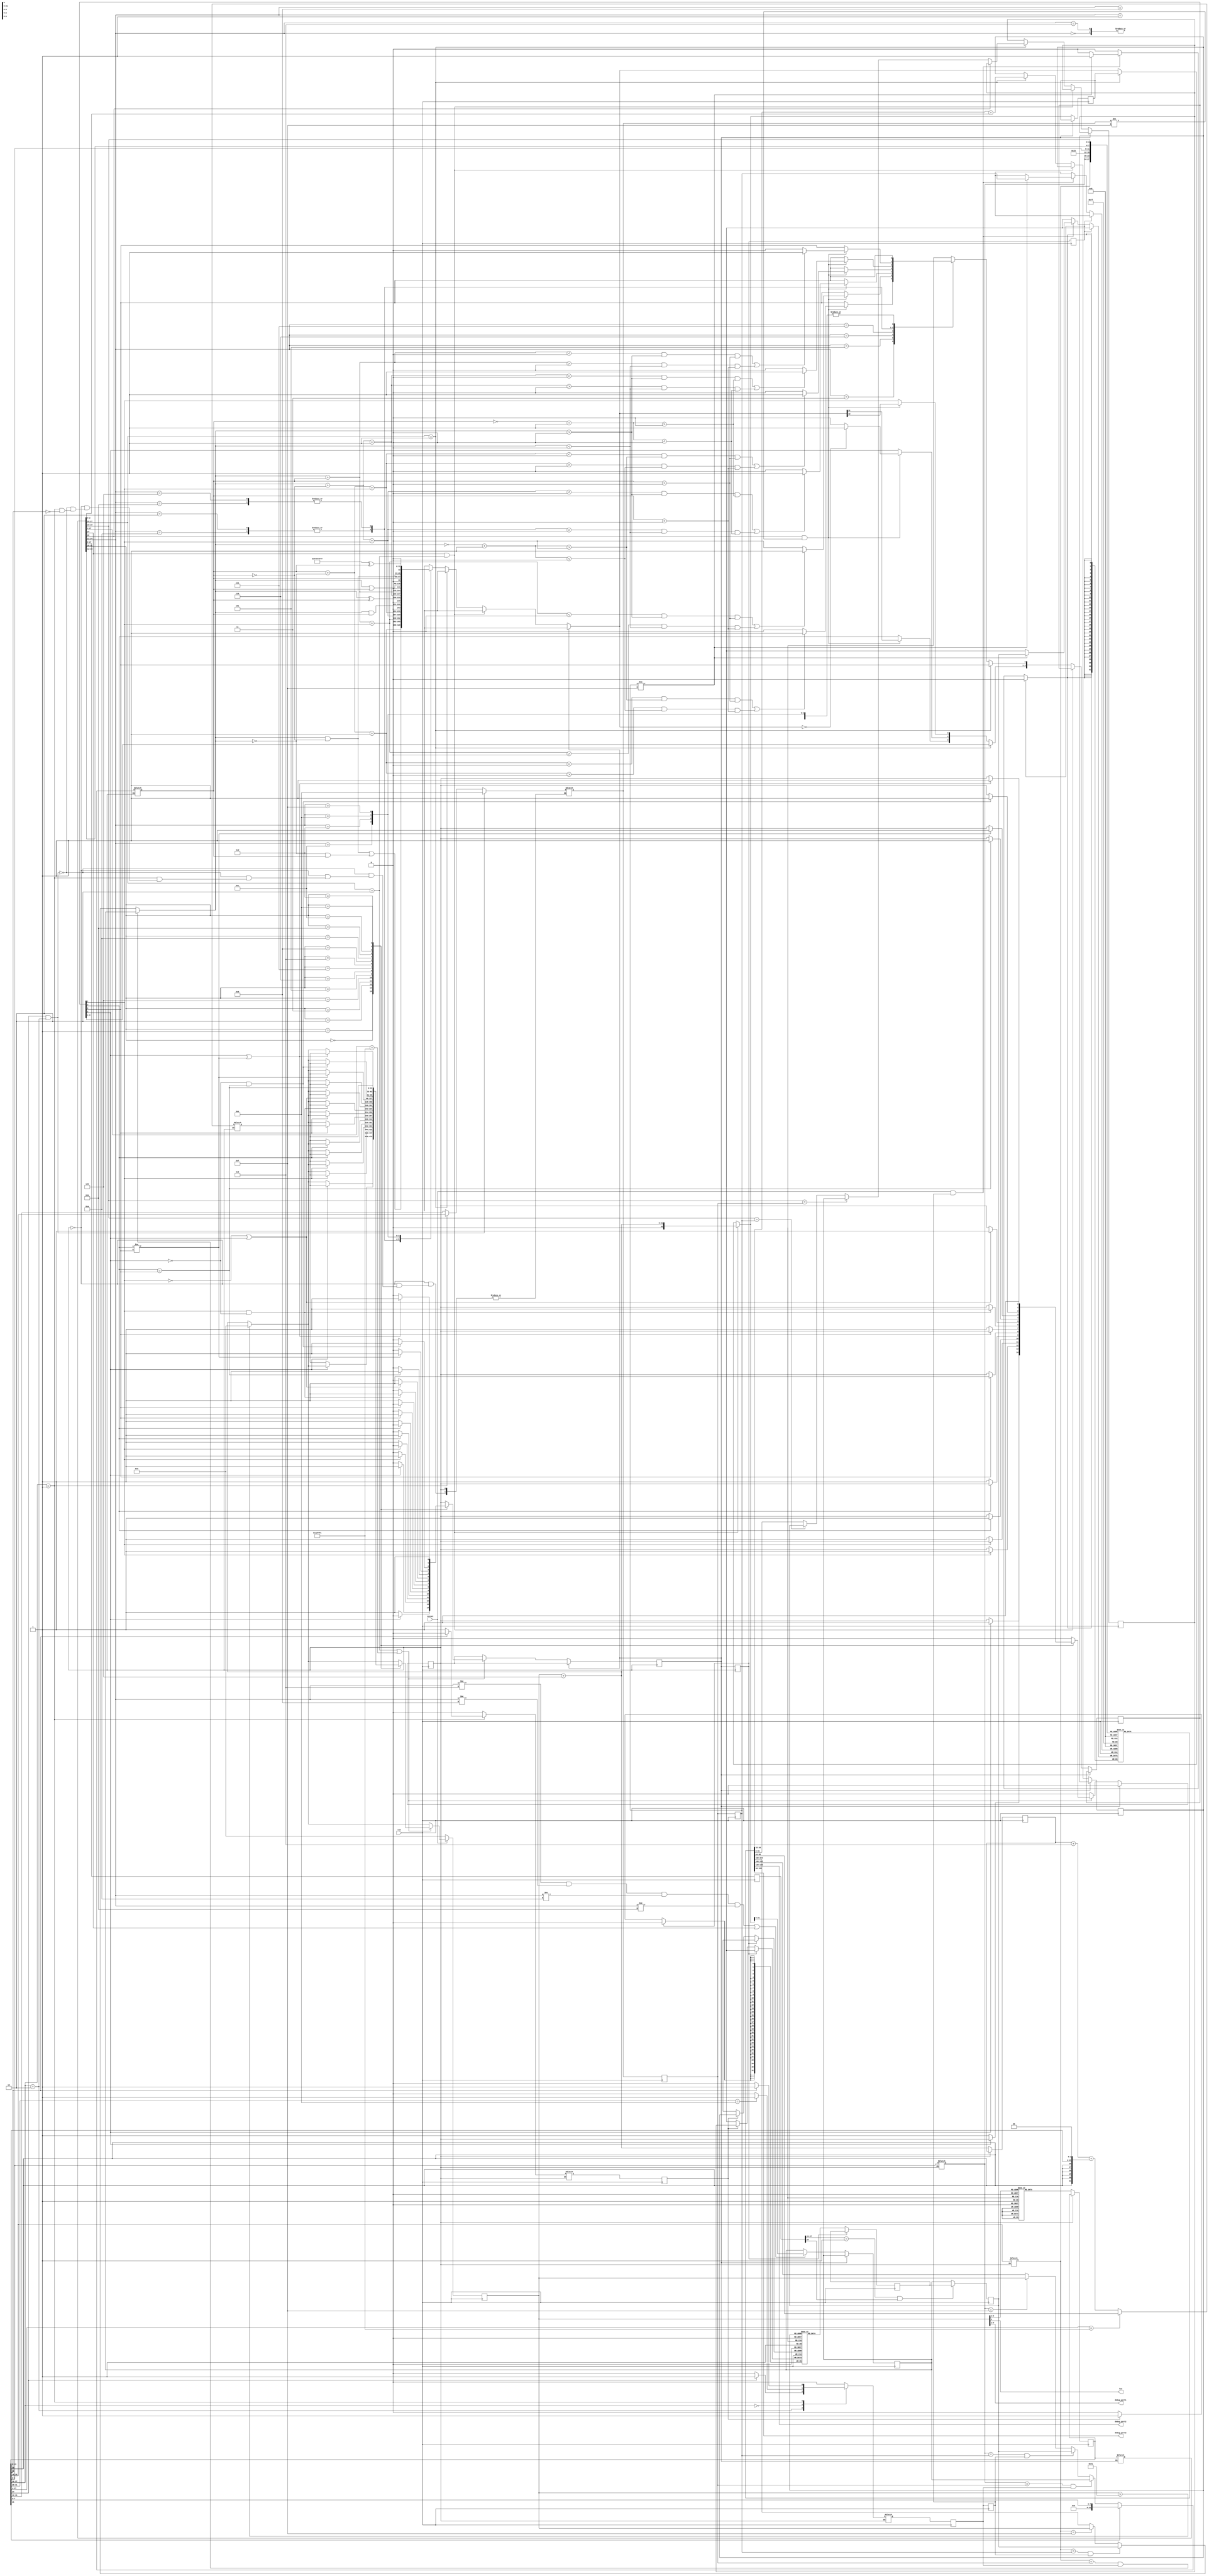
module cpu(
  input wire clk,
  input wire nreset,
  output wire led,
  output wire [7:0] debug_port1,
  output wire [7:0] debug_port2,
  output wire [7:0] debug_port3
  );
  localparam data_width = 32;
  localparam data_width_l2b = $clog2(data_width / 8);
  localparam data_words = 8;//32;
  localparam data_words_l2 = $clog2(data_words);
  localparam data_addr_width = data_words_l2;

  assign debug_port1 = pc[9:2];
  assign debug_port2 = rf[2][7:0];//em_data_mem_we[7:0];//rf[2][7:0];//data_mem_rd;
  assign debug_port3 = rf[3][7:0];//em_data_addr[7:0];//data_mem_rd[7:0];//rf[3][7:0];
  //STORE WORKS data_mem[data_addr][7:0]
  //data_mem_wd[7:0] & rf_wd[7:0] keeps disconnecting the USB
  //rf_ws[7:0] correct
  reg [7:0] reading;
  always @(posedge clk) begin
    reading <= rf_d1_df[7:0];
  end
  reg [data_width - 1:0]  data_mem[data_words - 1:0];
  reg [data_width - 1:0]  data_mem_rd;
  reg [data_width - 1:0]  data_mem_wd;
  // reg [data_addr_width - 1:0] data_addr_rd; //REDUNDANT both used for same thing
  // reg [data_addr_width - 1:0] data_addr_wd; //but keep just in case for the future
  reg [data_addr_width - 1:0] data_addr; //use instead of the two above
  reg data_mem_we;

  localparam code_width = 32;
  localparam code_width_l2b = $clog2(code_width / 8);
  localparam code_words = 16;
  localparam code_words_l2 = $clog2(code_words);
  localparam code_addr_width = code_words_l2;
  reg [code_width - 1:0]  code_mem[0:code_words - 1];
  wire [code_width - 1:0]  code_mem_rd;
  wire [code_addr_width - 1:0] code_addr;

  localparam r1 = 4'b0001;
  localparam r2 = 4'b0010;
  localparam r3 = 4'b0011;
  localparam r4 = 4'b0100;
  localparam r15 = 4'b1111;
  localparam r14 = 4'b1110; //Link Register

  localparam branch_opcode = 4'b1010;
  localparam branchLink_opcode = 4'b1011;
  localparam branchExchange_opcode = 24'b0001_0010_1111_1111_1111_0001;

  localparam IPUBWLbits_ldr = 6'b001001;
  localparam IPUBWLbits_str = 6'b001000;

  localparam do_nothing = 32'h00000000;

  initial begin
  // code_mem[0] = {cond_al, 3'b000, opcode_add, 1'b0, r2, r2, 8'b00000000, r1}; //ADD r2, r2, r1
  // //code_mem[1] = 32'b1110_101_0_11111111_11111111_11111101;  // unconditional branch -12 which is PC = (PC + 8) - 12 = PC - 4
   // code_mem[1] = {cond_al, branch_opcode, 24'd0}; //unconditional branch
   // code_mem[3] = {cond_al, 3'b000, opcode_add, 1'b0, r2, r2, 8'b00000000, r1};
   // code_mem[4] = {cond_ne, branch_opcode, 24'd0};//conditional branch BNE
   // code_mem[7] = {cond_al, branchLink_opcode, 24'd0}; //BL
   // code_mem[10] = {cond_al,inst_type_ldr_str, IPUBWLbits_str, r2, r1, 12'd0}; //STR R2 at R2+0
   // code_mem[12] = {cond_al,inst_type_ldr_str, IPUBWLbits_ldr, r3, r1, 12'd0};//LDR R3 with [R2+0]
   // code_mem[14] = {cond_al, branchExchange_opcode, r14};

    // code_mem[0] = {cond_al, 3'b000, opcode_add, 1'b0, r2, r2, 8'b00000000, r1}; //ADD r2, r2, r1 = 1 so r2 = 1
    // code_mem[1] = {cond_al, 3'b000, opcode_add, 1'b0, r2, r2, 8'b00000000, r2}; //ADD r2, r2, r1 = 1 so now r2 = 2
    // code_mem[2] = {cond_al, 3'b000, opcode_add, 1'b0, r2, r2, 8'b00000000, r2}; //ADD r2, r2, r1 = 1 so now r2 = 2
    // code_mem[3] = {cond_al, 3'b000, opcode_add, 1'b0, r2, r2, 8'b00000000, r2}; //ADD r2, r2, r1 = 1 so now r2 = 2
    // // code_mem[2] = {cond_al,inst_type_ldr_str, IPUBWLbits_str, r2, r2, 12'd0}; //STR R2 at [R2+0]
    // // code_mem[3] = {cond_al,inst_type_ldr_str, IPUBWLbits_ldr, r3, r2, 12'd0};//LDR R3 with [R2+0] r3 = 2
    // code_mem[4] = {cond_al, 3'b000, opcode_add, 1'b0, r2, r2, 8'b00000000, r2}; //ADD r2, r2, r1 = 1 so now r2 = 2
    // code_mem[5] = {cond_al, 3'b000, opcode_add, 1'b0, r2, r2, 8'b00000000, r2}; //ADD r2, r2, r1 = 1 so now r2 = 2
    // code_mem[6] = {cond_al, 3'b000, opcode_add, 1'b0, r2, r2, 8'b00000000, r2}; //ADD r2, r2, r1 = 1 so now r2 = 2
    // code_mem[7] = {cond_al, 3'b000, opcode_add, 1'b0, r2, r2, 8'b00000000, r2}; //ADD r2, r2, r1 = 1 so now r2 = 2
    // code_mem[8] = {cond_al, 3'b000, opcode_add, 1'b0, r2, r2, 8'b00000000, r2}; //ADD r2, r2, r1 = 1 so now r2 = 2
    // code_mem[9] = {cond_al, 3'b000, opcode_add, 1'b0, r2, r2, 8'b00000000, r2}; //ADD r2, r2, r1 = 1 so now r2 = 2
    // code_mem[10] = {cond_al, 3'b000, opcode_add, 1'b0, r2, r2, 8'b00000000, r2}; //ADD r2, r2, r1 = 1 so now r2 = 2
    // code_mem[11] = {cond_al, 3'b000, opcode_add, 1'b0, r2, r2, 8'b00000000, r2}; //ADD r2, r2, r1 = 1 so now r2 = 2
    // code_mem[12] = {cond_al, 3'b000, opcode_add, 1'b0, r2, r2, 8'b00000000, r2}; //ADD r2, r2, r1 = 1 so now r2 = 2
    // // code_mem[2] = {cond_al,inst_type_ldr_str, IPUBWLbits_str, r2, r2, 12'd0}; //STR R2 at [R2+0]
    // // code_mem[3] = {cond_al,inst_type_ldr_str, IPUBWLbits_ldr, r3, r2, 12'd0};//LDR R3 with [R2+0] r3 = 2
    // // code_mem[4] = {cond_al, 3'b000, opcode_add, 1'b0, r2, r2, 8'b00000000, r3}; //ADD r2, r2, r3 = 2 so r2 = 4
    // // code_mem[5] = {cond_al, 3'b000, opcode_add, 1'b0, r2, r2, 8'b00000000, r1}; //ADD r3, r3, r2 = 4 so now r3 = 6

    //Branches taken and untaken
    code_mem[1] = {cond_al, branch_opcode, 24'd1}; //unconditional B taken
    code_mem[2] = {cond_al, 3'b000, opcode_add, 1'b0, r3, r3, 8'b00000000, r1}; //branched over ie no op
    code_mem[3] = {cond_al, 3'b000, opcode_add, 1'b0, r2, r2, 8'b00000000, r1}; //branched over ie no op
    code_mem[6] = {cond_eq, branchLink_opcode, 24'd0}; //BL untaken
    //Data forwarding
    code_mem[9] = {cond_al, 3'b000, opcode_add, 1'b0, r2, r2, 8'b00000000, r1}; //ADD r2, r2, r1 @r2 = 1
    code_mem[10] = {cond_al, 3'b000, opcode_add, 1'b0, r2, r2, 8'b00000000, r1};//ADD r2, r2, r1 @r2 = 2
    code_mem[11] = {cond_al, 3'b000, opcode_add, 1'b0, r2, r2, 8'b00000000, r2};//ADD r2, r2, r2 @r2 = 4
    //Memory load Hazards
    code_mem[12] = {cond_al,inst_type_ldr_str, IPUBWLbits_str, r2, r1, 12'd0};  //STR r2, [r1 + 0] @mem[r2 + 0] = 4 first time around
    code_mem[13] = {cond_al,inst_type_ldr_str, IPUBWLbits_ldr, r3, r1, 12'd0};  //LDR r3, [r1 + 0] @r3 = 4 first time around, matches r2 later
  end

  reg [code_width - 1:0]  pc;
  assign code_addr = pc[code_addr_width - 1 + 2:2];
  assign code_mem_rd = code_mem[code_addr];

  assign led = pc[2]; // make the LED blink on the low order bit of the PC


  reg [31:0] rf[0:14];  // register 15 is the pc
initial begin
  rf[1] <= 32'd1;     // for testing
  // rf[2] <= 32'd1;
  // rf[3] <= 32'd3;
  //rf[4] <= 32'd2;
  // rf[r14] <= 32'b0;
end

  reg [31:0] cpsr;    // program status register
  localparam cpsr_n = 31;
  localparam cpsr_z = 30;
  localparam cpsr_c = 29;
  localparam cpsr_v = 28;

  reg [3:0] rf_rs1;
  reg [3:0] rf_rs2;
  reg [3:0] rf_ws;
  reg [31:0] rf_wd;
  reg rf_we;
  wire [31:0] rf_d1;
  wire [31:0] rf_d2;

  // Pipe-lined data
  reg [31:0] fd_pipe;
  reg [31:0] fd_pc;
  reg fd_invalid;

  reg [31:0] de_pipe;
  reg [31:0] de_pc;
  reg de_invalid;
  
  reg [31:0] em_pipe;
  reg em_rf_we;
  reg em_invalid;
  reg [3:0] em_rf_ws;
  reg em_data_mem_we;
  reg [data_width - 1:0] em_data_addr;
  //reg [data_width - 1:0] em_data_mem_wd;

  //reg [31:0] mwb_pipe;
  reg mwb_rf_we;
  reg mwb_invalid;
  reg [31:0] mwb_rf_wd;
  reg [3:0] mwb_rf_ws;

  assign rf_d1 = (rf_rs1 == r15) ? pc : rf[rf_rs1];
  assign rf_d2 = (rf_rs2 == r15) ? pc : rf[rf_rs2];

  wire [31:0] rf_d1_df; // This is pretty jank
  wire [31:0] rf_d2_df;
  assign rf_d1_df = (rf_rs1 == em_rf_ws && em_rf_we) ? rf_wd : ((rf_rs1 == mwb_rf_ws && mwb_rf_we) ? mwb_rf_wd : rf_d1);
  assign rf_d2_df = (rf_rs2 == em_rf_ws && em_rf_we) ? rf_wd : ((rf_rs2 == mwb_rf_ws && mwb_rf_we) ? mwb_rf_wd : rf_d2);

function automatic [3:0] inst_rn;
  input [31:0] inst;
  inst_rn = inst[19:16];
endfunction

function automatic [3:0] inst_rd;
  input [31:0] inst;
  inst_rd = inst[15:12];
endfunction

function automatic [3:0] inst_rs;
  input [31:0] inst;
  inst_rs = inst[11:8];
endfunction

function automatic [3:0] inst_rm;
  input [31:0] inst;
  inst_rm = inst[3:0];
endfunction

function automatic inst_rs_isreg;
    input [31:0] inst;
    if (inst[4] == 1'b1 && inst[7] == 1'b0)
      inst_rs_isreg = 1'b1;
    else
      inst_rs_isreg = 1'b0;
endfunction

function automatic [7:0] inst_data_proc_imm;
    input [31:0]  inst;
    inst_data_proc_imm = inst[7:0];
endfunction

function automatic [11:0] inst_ldrstr_imm;
    input [31:0]  inst;
    inst_ldrstr_imm = inst[11:0];
endfunction

localparam operand2_is_reg = 1'b0;
localparam operand2_is_imm  = 1'b1;
function automatic operand2_type;
    input [31:0]  inst;
    operand2_type = inst[25];
endfunction


localparam cond_eq = 4'b0000;
localparam cond_ne = 4'b0001;
localparam cond_cs = 4'b0010;
localparam cond_cc = 4'b0011;
localparam cond_ns = 4'b0100;
localparam cond_nc = 4'b0101;
localparam cond_vs = 4'b0110;
localparam cond_vc = 4'b0111;
localparam cond_hi = 4'b1000;
localparam cond_ls = 4'b1001;
localparam cond_ge = 4'b1010;
localparam cond_lt = 4'b1011;
localparam cond_gt = 4'b1100;
localparam cond_le = 4'b1101;
localparam cond_al = 4'b1110;
function automatic [3:0] inst_cond;
    input [31:0]  inst;
    inst_cond = inst[31:28];
endfunction

localparam inst_type_branchLink = 1'b1;
function automatic inst_branch_islink;
    input [31:0]   inst;
    inst_branch_islink = inst[24];
endfunction

//might want this to distinguish for Load/Store Bit
// inst[20] = 1 or Load, = 0 for Store
localparam inst_type_load = 1'b1;
function automatic inst_ldrstr_isload;
    input [31:0]   inst;
    inst_ldrstr_isload = inst[20];
endfunction

function automatic [31:0] inst_branch_imm;
    input [31:0]  inst;
    inst_branch_imm = { {6{inst[23]}}, inst[23:0], 2'b00 };
endfunction

localparam inst_type_branch = 2'b10;
localparam inst_type_data_proc = 2'b00;
localparam inst_type_ldr_str = 2'b01;

function automatic [1:0] inst_type;
    input [31:0]  inst;
    inst_type = inst[27:26];
endfunction

localparam opcode_and = 4'b0000;
localparam opcode_eor = 4'b0001;
localparam opcode_sub = 4'b0010;
localparam opcode_rsb = 4'b0011;
localparam opcode_add = 4'b0100;
localparam opcode_adc = 4'b0101;
localparam opcode_sbc = 4'b0110;
localparam opcode_rsc = 4'b0111;
localparam opcode_tst = 4'b1000;
localparam opcode_teq = 4'b1001;
localparam opcode_cmp = 4'b1010;
localparam opcode_cmpn = 4'b1011;
localparam opcode_orr = 4'b1100;
localparam opcode_mov = 4'b1101;
localparam opcode_bic = 4'b1110;
localparam opcode_mvn = 4'b1111;
function automatic [3:0] inst_opcode;
    input [31:0]  inst;
    inst_opcode = inst[24:21];
endfunction


///////////////////////////////////////
// FETCH

//  "Fetch" from code memory into instruction bits
  // reg [31:0] inst;
  always @(posedge clk) begin
    if (~fd_invalid) begin// checks if valid // MAYBE WE DON'T NEED THISSSSSSSSSSSSSSSSSSSSSSSSSSSSSSS
      fd_pipe <= code_mem_rd;
      // inst <= code_mem_rd;
      //Im pretty sure we need to pass in PC to this pipe reg
      fd_pc <= pc + 4; // Maybe this needs to be pc + 4
    end
  end


///////////////////////////////////////
// DECODE

// "Decode" the second operand
  reg [31:0] operand2;
  // compute second operand
  always @(*) begin
    // For now, we only support R type unshifted instructions.
    // shifts and such are NOT implemented.
    if (~fd_invalid) begin
      if (operand2_type(fd_pipe) == operand2_is_reg)
        operand2 = rf_d2_df;
      else
        operand2 = inst_data_proc_imm(fd_pipe);
      end
    end

    // "Decode" what gets read and written
    always @(*) begin
      if (~fd_invalid) begin
        rf_rs1 = inst_rn(fd_pipe);
        rf_rs2 = inst_rm(fd_pipe);
        if (inst_branch_islink(fd_pipe) == inst_type_branchLink &&
            inst_type(fd_pipe) == inst_type_branch)
          rf_ws = r14;
        else if (inst_type(fd_pipe) == inst_type_ldr_str) begin
          if (inst_ldrstr_isload(fd_pipe) == inst_type_load)
            rf_ws = rf_rs1;
          end
        else
          rf_ws = inst_rd(fd_pipe);
      end
  end

  // "Decode" whether we write the register file
  always @(*) begin
    if (~fd_invalid) begin
      rf_we = 1'b0;
      data_mem_we = 1'b0;
      case (inst_type(fd_pipe))
          inst_type_branch: begin
            // rf_we = 1'b0;
            if (inst_branch_islink(fd_pipe) == 1)
              rf_we = 1'b1;
          end

          inst_type_data_proc:
            if (inst_cond(fd_pipe) == cond_al)
              rf_we = 1'b1;

          inst_type_ldr_str: begin
            if (inst_ldrstr_isload(fd_pipe) == inst_type_load)
              rf_we = 1'b1;
            else
              data_mem_we = 1'b1;
            end
          // default:
          //   rf_we = 1'b1;
      endcase
    end
  end

  // "Decode" the branch target
  reg [31:0] branch_target;
  always @(*) begin
    if (~fd_invalid) begin
      if(fd_pipe[27:4] == branchExchange_opcode) begin
        branch_target = rf[fd_pipe[3:0]];
      end
      else
        branch_target = fd_pc + 8 + inst_branch_imm(fd_pipe);
    end
  end


  always @(*) begin
    if (~de_invalid) begin
      de_pipe = fd_pipe; //<--change this to what we decoded from inst in fd_pip
      //de_pipe[whatever size needed] = {branch_target, data_mem_we, rf_we, rf_rs1(rn), rf_rs2(rm), rf_ws, operand2(?), flush(?), stall(?};
      de_pc <= fd_pc;
    end
  end


///////////////////////////////////////
// EXECUTE

  // "Execute" the instruction
  reg [32:0] alu_result;
  always @(posedge clk) begin
    if (~de_invalid) begin
      if (inst_branch_islink(de_pipe) == inst_type_branchLink &&
          inst_type(de_pipe) == inst_type_branch)
        alu_result = {1'b0, pc + 4}; // loads LR with next instruction

      else if (inst_type(de_pipe) == inst_type_ldr_str) begin
        data_addr = rf[inst_rd(de_pipe)] + inst_ldrstr_imm(de_pipe);



        // CHANGED HEREEEEEEEEEEEEEEEEEEEEEE

        // DON'T WRITE into ALU_RESULT because current read of data_mem is wrong
        // due to it being updated after memory (think about instruction where we
        // store and then load immediately after. Writing alu_result will give old
        // value rather than the new one. To fix this, we delay the read until the
        // memory access stage.

        // if (inst_ldrstr_isload(de_pipe) == inst_type_load) begin
        //   // rd is source
        //   //rf_wd = data_mem[data_addr];
        //   alu_result = {1'b0,data_mem[data_addr]};
        //   // writes to rf[inst_rn(inst)]
        // end
  // assign rf_d1_df = (rf_rs1 == em_rf_ws && em_rf_we) ? rf_wd : ((rf_rs1 == mwb_rf_ws && mwb_rf_we) ? mwb_rf_wd : rf_d1);

        if (inst_ldrstr_isload(de_pipe) != inst_type_load) begin // store
          // rd is destination
          if (inst_rn(de_pipe) == em_rf_ws)
            data_mem_wd = rf_wd;
          else if (inst_rn(de_pipe) == mwb_rf_ws)
            data_mem_wd = mwb_rf_wd;
          else
            data_mem_wd = rf[inst_rn(de_pipe)];
          // writes to data_mem[rf[inst_rd(inst)] + inst_ldrstr_imm(inst)]
        end






      end
      else
      begin
        alu_result = 33'h0_0000_0000;
        case (inst_opcode(de_pipe))
          opcode_and: alu_result = rf_d1_df & operand2;
          opcode_eor: alu_result = (rf_d1_df & ~operand2) | (~rf_d1_df & operand2);
          opcode_sub: begin
                        alu_result = rf_d1_df + ~operand2 + 1;
                        if (de_pipe[20] == 1'b1 && rf_ws != 4'b1111)
                          cpsr[cpsr_v] = ((alu_result < 0 && rf_d1_df > 0 && ~operand2 + 1 > 0) ||
                                          (alu_result > 0 && rf_d1_df < 0 && ~operand2 + 1 < 0) ? 1 : 0);
                      end
          opcode_rsb: begin
                        alu_result = operand2 + ~rf_d1_df + 1;
                        if (de_pipe[20] == 1'b1 && rf_ws != 4'b1111)
                          cpsr[cpsr_v] = ((alu_result < 0 && ~rf_d1_df + 1 > 0 && operand2 > 0) ||
                                          (alu_result > 0 && ~rf_d1_df + 1 < 0 && operand2 < 0) ? 1 : 0);
                      end
          opcode_add: begin
                        alu_result = rf_d1_df + operand2;
                        if (de_pipe[20] == 1'b1 && rf_ws != 4'b1111)
                          cpsr[cpsr_v] = ((alu_result < 0 && rf_d1_df > 0 && operand2 > 0) ||
                                          (alu_result > 0 && rf_d1_df < 0 && operand2 < 0) ? 1 : 0);
                      end
          opcode_adc: begin
                        alu_result = rf_d1_df + operand2 + cpsr[cpsr_c];
                        if (de_pipe[20] == 1'b1 && rf_ws != 4'b1111)
                          cpsr[cpsr_v] = ((alu_result < 0 && rf_d1_df > 0 && operand2 > 0) ||
                                          (alu_result > 0 && rf_d1_df < 0 && operand2 < 0) ? 1 : 0);
                      end
          opcode_sbc: begin
                        alu_result = rf_d1_df + ~operand2 + cpsr[cpsr_c];
                        if (de_pipe[20] == 1'b1 && rf_ws != 4'b1111)
                          cpsr[cpsr_v] = ((alu_result < 0 && rf_d1_df > 0 && ~operand2 + 1 > 0) ||
                                          (alu_result > 0 && rf_d1_df < 0 && ~operand2 + 1 < 0) ? 1 : 0);
                      end
          opcode_rsc: begin
                        alu_result = operand2 + ~rf_d1_df + cpsr[cpsr_c];
                        if (de_pipe[20] == 1'b1 && rf_ws != 4'b1111)
                          cpsr[cpsr_v] = ((alu_result < 0 && ~rf_d1_df + 1 > 0 && operand2 > 0) ||
                                          (alu_result > 0 && ~rf_d1_df + 1 < 0 && operand2 < 0) ? 1 : 0);
                      end
          opcode_tst: alu_result = rf_d1_df & operand2;
          opcode_teq: alu_result = rf_d1_df ^ operand2;
          opcode_cmp: begin
                        alu_result = rf_d1_df + ~operand2 + 1;
                        if (de_pipe[20] == 1'b1 && rf_ws != 4'b1111)
                          cpsr[cpsr_v] = ((alu_result < 0 && rf_d1_df > 0 && ~operand2 + 1> 0) ||
                                          (alu_result > 0 && rf_d1_df < 0 && ~operand2 + 1 < 0) ? 1 : 0);
                      end
          opcode_cmpn: begin
                        alu_result = rf_d1_df + operand2;
                        if (de_pipe[20] == 1'b1 && rf_ws != 4'b1111)
                          cpsr[cpsr_v] = ((alu_result < 0 && rf_d1_df > 0 && operand2 > 0) ||
                                          (alu_result > 0 && rf_d1_df < 0 && operand2 < 0) ? 1 : 0);
                      end
          opcode_orr: alu_result = rf_d1_df | operand2;
          opcode_mov: alu_result = operand2;
          opcode_bic: alu_result = rf_d1_df & ~operand2;
          opcode_mvn: alu_result = 32'hFFFF_FFFF ^ operand2;
        endcase

        // Updates condition bits
        if (de_pipe[20] == 1'b1 && rf_ws != 4'b1111) begin
          cpsr[cpsr_c] = alu_result[32];
          cpsr[cpsr_z] = (alu_result == 33'h0_0000_0000 ? 1 : 0);
          cpsr[cpsr_n] = alu_result[31];
        end
      end

      if (inst_opcode(de_pipe) != opcode_tst &&
          inst_opcode(de_pipe) != opcode_teq &&
          inst_opcode(de_pipe) != opcode_cmp &&
          inst_opcode(de_pipe) != opcode_cmpn ||
          inst_branch_islink(de_pipe) == 1'b1)
      begin
        // if (inst_type(inst) == inst_type_ldr_str && inst_ldrstr_isload(inst) != inst_type_load)
        //   data_mem_wd = alu_result[31:0];
        // else if (inst_type(inst) == inst_type_ldr_str && inst_ldrstr_isload(inst) == inst_type_load)
        //   rf_wd = data_mem_rd;
        // else
          rf_wd = alu_result[31:0];
      end
    end
  end

  // Executes
  always @(posedge clk) begin
    // data_mem_wd = 0; //added this in from lab 1 starter from here to
    // data_addr = 0;
  //   code_addr <= 0;
    // data_mem_we = 0; //HERE. made this note just in case anything breaks
    //if (~de_invalid) begin
      if (!nreset)
          pc <= 32'd0;
      else begin
        // default behavior
        if (pc > 65) begin
         pc <= 32'd0;
        end else begin
          pc <= pc + 4;
        end
        if (inst_type(de_pipe) == inst_type_branch || de_pipe[27:4] == branchExchange_opcode) begin
          case (inst_cond(de_pipe))
            cond_eq: if (cpsr[cpsr_z] == 1'b1) pc <= branch_target;
            cond_ne: if (~cpsr[cpsr_z]) pc <= branch_target;
            cond_cs: if (cpsr[cpsr_c]) pc <= branch_target;
            cond_cc: if (~cpsr[cpsr_c]) pc <= branch_target;
            cond_ns: if (cpsr[cpsr_n]) pc <= branch_target;
            cond_nc: if (~cpsr[cpsr_n]) pc <= branch_target;
            cond_vs: if (cpsr[cpsr_v]) pc <= branch_target;
            cond_vc: if (~cpsr[cpsr_v]) pc <= branch_target;
            cond_hi: if (cpsr[cpsr_c] && ~cpsr[cpsr_z]) pc <= branch_target;
            cond_ls: if (~cpsr[cpsr_c] || cpsr[cpsr_z]) pc <= branch_target;
            cond_ge: if (cpsr[cpsr_n] == cpsr[cpsr_v]) pc <= branch_target;
            cond_lt: if (cpsr[cpsr_n] != cpsr[cpsr_v]) pc <= branch_target;
            cond_gt: if (~cpsr[cpsr_z] && cpsr[cpsr_n] == cpsr[cpsr_v]) pc <= branch_target;
            cond_le: if (cpsr[cpsr_z] || cpsr[cpsr_n] != cpsr[cpsr_v]) pc <= branch_target;
            cond_al: pc <= branch_target;
          endcase
            // pc <= branch_target; marks comment
        end
      //end
    end
  end

  always @(negedge clk) begin
    if (~de_invalid) begin
      if (inst_type(de_pipe) == inst_type_branch || de_pipe[27:4] == branchExchange_opcode) begin
          case (inst_cond(de_pipe))
            cond_eq: if (cpsr[cpsr_z] == 1'b1) begin
                fd_invalid <= 1'b1;
                de_invalid <= 1'b1;
              end
            cond_ne: if (~cpsr[cpsr_z]) begin
                fd_invalid <= 1'b1;
                de_invalid <= 1'b1;
              end
            cond_cs: if (cpsr[cpsr_c]) begin
                fd_invalid <= 1'b1;
                de_invalid <= 1'b1;
              end
            cond_cc: if (~cpsr[cpsr_c]) begin
                fd_invalid <= 1'b1;
                de_invalid <= 1'b1;
              end
            cond_ns: if (cpsr[cpsr_n]) begin
                fd_invalid <= 1'b1;
                de_invalid <= 1'b1;
              end
            cond_nc: if (~cpsr[cpsr_n]) begin
                fd_invalid <= 1'b1;
                de_invalid <= 1'b1;
              end
            cond_vs: if (cpsr[cpsr_v]) begin
                fd_invalid <= 1'b1;
                de_invalid <= 1'b1;
              end
            cond_vc: if (~cpsr[cpsr_v]) begin
                fd_invalid <= 1'b1;
                de_invalid <= 1'b1;
              end
            cond_hi: if (cpsr[cpsr_c] && ~cpsr[cpsr_z]) begin
                fd_invalid <= 1'b1;
                de_invalid <= 1'b1;
              end
            cond_ls: if (~cpsr[cpsr_c] || cpsr[cpsr_z]) begin
                fd_invalid <= 1'b1;
                de_invalid <= 1'b1;
              end
            cond_ge: if (cpsr[cpsr_n] == cpsr[cpsr_v]) begin
                fd_invalid <= 1'b1;
                de_invalid <= 1'b1;
              end
            cond_lt: if (cpsr[cpsr_n] != cpsr[cpsr_v]) begin
                fd_invalid <= 1'b1;
                de_invalid <= 1'b1;
              end
            cond_gt: if (~cpsr[cpsr_z] && cpsr[cpsr_n] == cpsr[cpsr_v]) begin
                fd_invalid <= 1'b1;
                de_invalid <= 1'b1;
              end
            cond_le: if (cpsr[cpsr_z] || cpsr[cpsr_n] != cpsr[cpsr_v]) begin
                fd_invalid <= 1'b1;
                de_invalid <= 1'b1;
              end
            cond_al: begin
                fd_invalid <= 1'b1;
                de_invalid <= 1'b1;
              end
            default: begin
              de_invalid <= fd_invalid;
              fd_invalid <= 1'b0;
            end
          endcase
            // pc <= branch_target; marks comment
        end
        else begin
          de_invalid <= fd_invalid;
          fd_invalid <= 1'b0;
        end
      end
      else begin
        de_invalid <= fd_invalid;
        fd_invalid <= 1'b0;
      end

  end

  always @(posedge clk) begin
    em_pipe <= de_pipe;
    em_invalid <= de_invalid;
    em_rf_we <= rf_we;
    em_rf_ws <= rf_ws;
    em_data_mem_we <= data_mem_we;
    // em_data_addr <= data_addr; COMMENTED THIS OUT to fix one cycle delay
    //em_data_mem_wd <= data_mem_wd;
  end

///////////////////////////////////////
// Memory

  always @(posedge clk) begin
    if (~em_invalid) begin
      if (em_data_mem_we)
          data_mem[data_addr] <= data_mem_wd;
      data_mem_rd <= data_mem[data_addr];
    end
  end




  always @(posedge clk) begin
    mwb_invalid <= em_invalid;
    //mwb_pipe <= em_pipe;
    mwb_rf_we <= em_rf_we;

    // I MADE CHANGES HERE. Idea is that we check if we load or store before writing
    if (inst_type(em_pipe) == inst_type_ldr_str && inst_ldrstr_isload(em_pipe) == inst_type_load)
      mwb_rf_wd <= data_mem_rd;
    else
      mwb_rf_wd <= rf_wd;



    mwb_rf_ws <= em_rf_ws;
  end

///////////////////////////////////////
// Write back

  // "Write back" the instruction
  always @(posedge clk) begin
    if (~mwb_invalid) begin
      if (nreset && mwb_rf_we)
        if (mwb_rf_ws != r15) // Also writes from data mem to register
          rf[mwb_rf_ws] <= mwb_rf_wd;
    end
  end
endmodule